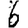
Digit: 6